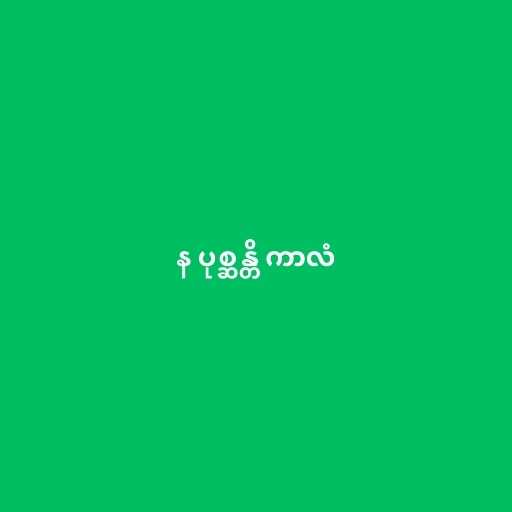
န ပုစ္ဆန္တိ ကာလံ